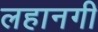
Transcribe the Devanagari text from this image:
लहानगी